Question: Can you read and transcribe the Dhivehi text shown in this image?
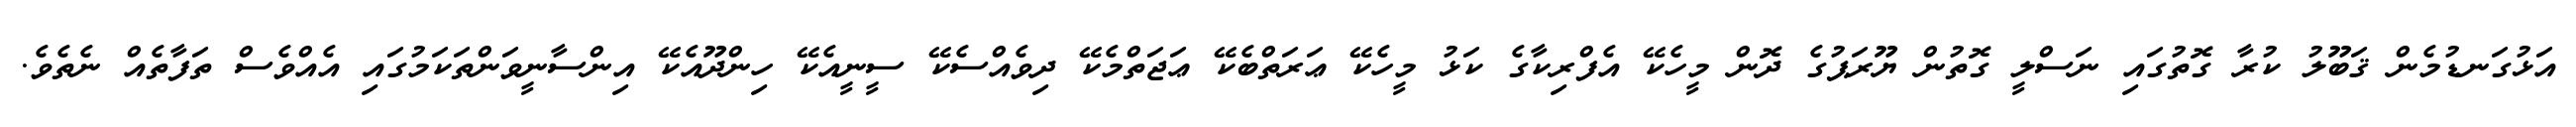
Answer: އަޅުގަނޑުމެން ޤަބޫލު ކުރާ ގޮތުގައި ނަސްލީ ގޮތުން ޔޫރަޕުގެ ދޮން މީހެކޭ އެފްރިކާގެ ކަޅު މީހެކޭ ޢަރަތްބެކޭ ޢަޖަތްމެކޭ ދިވެއްސެކޭ ސީނީއެކޭ ހިންދޫއެކޭ އިންސާނީވަންތަކަމުގައި އެއްވެސް ތަފާތެއް ނެތެވެ.